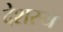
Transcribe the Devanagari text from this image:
देशस्य